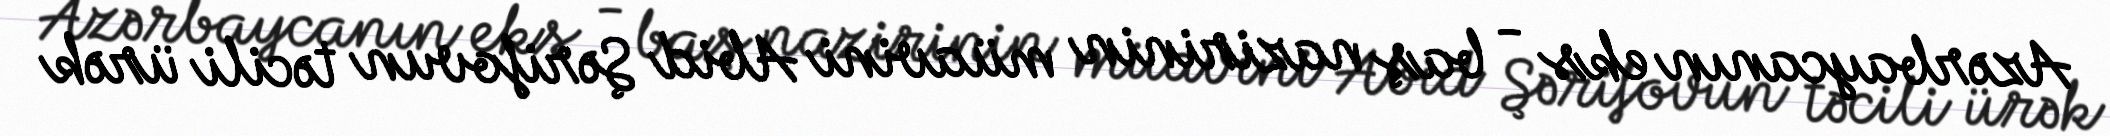
Azərbaycanın eks - baş nazirinin müavini Abid Şərifovun təcili ürək